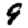
Digit: 9